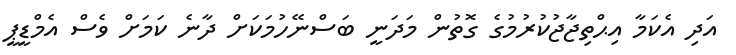
އަދި އެކަމާ އިޙްތިޖާޖުކުރުމުގެ ގޮތުން މަދަނީ ބަސްނޭހުމަކަށް ދާނެ ކަމަށް ވެސް އެމްޑީޕީ